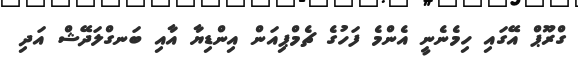
ގްރޫޕް އޭގައި ހިމެނެނީ އެންމެ ފަހުގެ ޗެމްޕިއަން އިންޑިޔާ އާއި ބަނގްލަދޭޝް އަދި